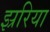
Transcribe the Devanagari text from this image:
झ्ररिया